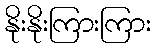
နိုးနိုးကြားကြား